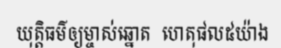
យុត្តិធម៌ឲ្យម្ចាស់ឆ្នោត  ហេតុផល៥យ៉ាង